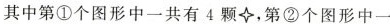
其中第①个图形中一共有4颗，第②个图形中一